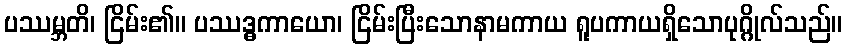
ပဿမ္ဘတိ၊ ငြိမ်း၏။ ပဿဒ္ဓကာယော၊ ငြိမ်းပြီးသောနာမကာယ ရူပကာယရှိသောပုဂ္ဂိုလ်သည်။